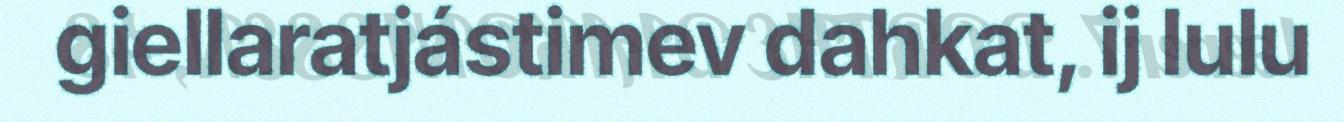
giellaratjástimev dahkat, ij lulu